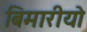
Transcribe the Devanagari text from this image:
बिमारीयो